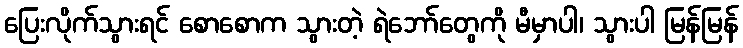
ပြေးလိုက်သွားရင် စောစောက သွားတဲ့ ရဲဘော်တွေကို မီမှာပါ၊ သွားပါ မြန်မြန်